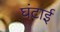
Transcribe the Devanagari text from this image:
घंटाई